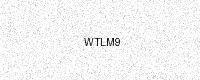
Text: WTLM9